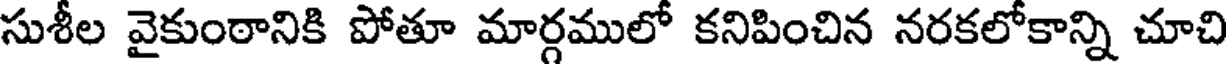
సుశీల వైకుంఠానికి పోతూ మార్గములో కనిపించిన నరకలోకాన్ని చూచి